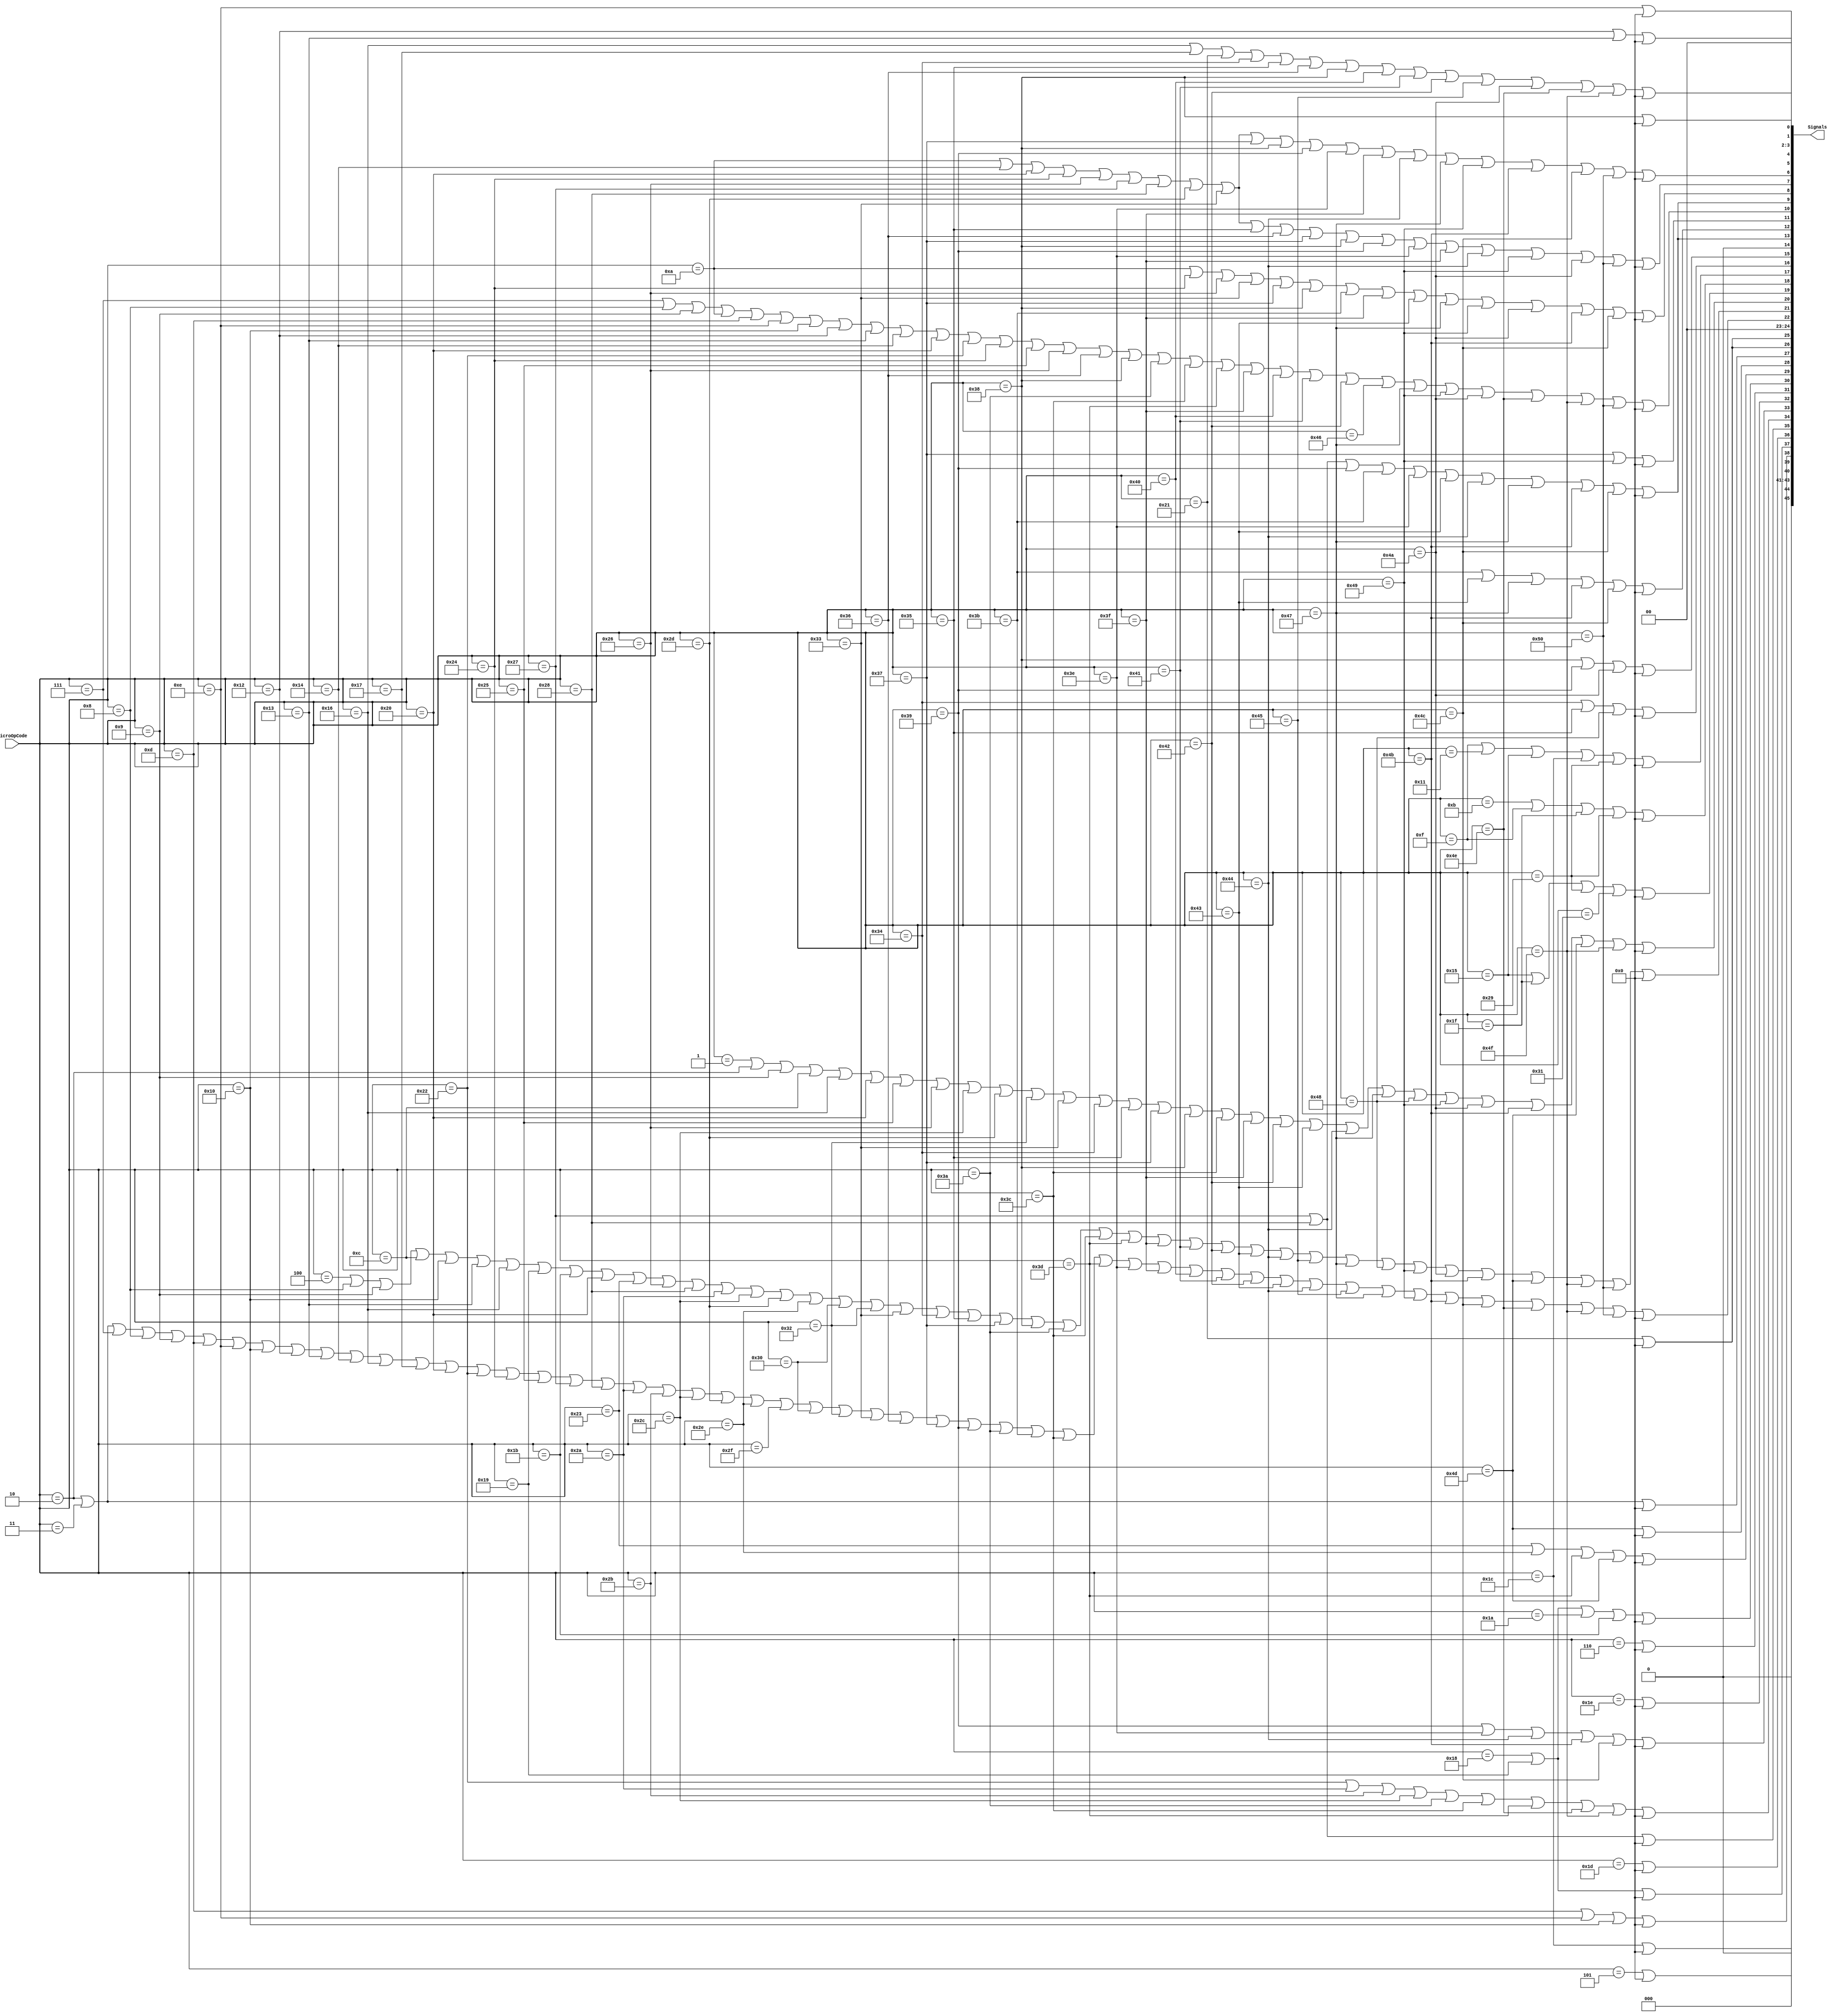
// This program was cloned from: https://github.com/lnis-uofu/OpenFPGA
// License: MIT License

`timescale 1ns / 10ps
// algorithm file = 'ulpsh_s2_main_JB4_BMI160_AK09911_PD.alg'
// UlpshType = S2_1KDM

module decodeMicroOpCode (MicroOpCode, Signals);

	input	[8:0]	MicroOpCode;
	output	[45:0]	Signals;
	wire	[45:0]	Signals;

	assign Signals[0] = (MicroOpCode == 9'h00e) || 0;
	assign Signals[1] = (MicroOpCode == 9'h012) || (MicroOpCode == 9'h013) || 0;
	assign Signals[2] = 0;
	assign Signals[3] = 0;
	assign Signals[4] = (MicroOpCode == 9'h038) || 0;
	assign Signals[5] = (MicroOpCode == 9'h016) || (MicroOpCode == 9'h017) || (MicroOpCode == 9'h021) || (MicroOpCode == 9'h034) || (MicroOpCode == 9'h035) || (MicroOpCode == 9'h036) || (MicroOpCode == 9'h038) || (MicroOpCode == 9'h040) || (MicroOpCode == 9'h041) || (MicroOpCode == 9'h042) || (MicroOpCode == 9'h045) || (MicroOpCode == 9'h04a) || (MicroOpCode == 9'h04e) || (MicroOpCode == 9'h04f) || 0;
	assign Signals[6] = (MicroOpCode == 9'h00a) || (MicroOpCode == 9'h014) || (MicroOpCode == 9'h020) || (MicroOpCode == 9'h024) || (MicroOpCode == 9'h026) || (MicroOpCode == 9'h027) || (MicroOpCode == 9'h028) || (MicroOpCode == 9'h02d) || (MicroOpCode == 9'h033) || (MicroOpCode == 9'h037) || (MicroOpCode == 9'h038) || (MicroOpCode == 9'h039) || (MicroOpCode == 9'h03e) || (MicroOpCode == 9'h03f) || (MicroOpCode == 9'h044) || (MicroOpCode == 9'h047) || (MicroOpCode == 9'h049) || (MicroOpCode == 9'h04b) || (MicroOpCode == 9'h04c) || (MicroOpCode == 9'h050) || 0;
	assign Signals[7] = (MicroOpCode == 9'h00a) || (MicroOpCode == 9'h014) || (MicroOpCode == 9'h020) || (MicroOpCode == 9'h024) || (MicroOpCode == 9'h026) || (MicroOpCode == 9'h027) || (MicroOpCode == 9'h028) || (MicroOpCode == 9'h02d) || (MicroOpCode == 9'h033) || (MicroOpCode == 9'h035) || (MicroOpCode == 9'h036) || (MicroOpCode == 9'h037) || (MicroOpCode == 9'h038) || (MicroOpCode == 9'h039) || (MicroOpCode == 9'h03e) || (MicroOpCode == 9'h03f) || (MicroOpCode == 9'h044) || (MicroOpCode == 9'h049) || (MicroOpCode == 9'h04a) || (MicroOpCode == 9'h050) || 0;
	assign Signals[8] = (MicroOpCode == 9'h00a) || (MicroOpCode == 9'h024) || (MicroOpCode == 9'h026) || (MicroOpCode == 9'h033) || (MicroOpCode == 9'h037) || (MicroOpCode == 9'h038) || (MicroOpCode == 9'h03b) || (MicroOpCode == 9'h03f) || (MicroOpCode == 9'h043) || (MicroOpCode == 9'h047) || (MicroOpCode == 9'h049) || (MicroOpCode == 9'h04a) || (MicroOpCode == 9'h04b) || (MicroOpCode == 9'h04c) || 0;
	assign Signals[9] = (MicroOpCode == 9'h027) || (MicroOpCode == 9'h028) || (MicroOpCode == 9'h039) || (MicroOpCode == 9'h03b) || (MicroOpCode == 9'h03e) || (MicroOpCode == 9'h043) || (MicroOpCode == 9'h044) || (MicroOpCode == 9'h047) || (MicroOpCode == 9'h04b) || (MicroOpCode == 9'h04c) || 0;
	assign Signals[10] = (MicroOpCode == 9'h007) || (MicroOpCode == 9'h008) || (MicroOpCode == 9'h009) || (MicroOpCode == 9'h00a) || (MicroOpCode == 9'h00d) || (MicroOpCode == 9'h00e) || (MicroOpCode == 9'h010) || (MicroOpCode == 9'h012) || (MicroOpCode == 9'h013) || (MicroOpCode == 9'h014) || (MicroOpCode == 9'h020) || (MicroOpCode == 9'h022) || (MicroOpCode == 9'h024) || (MicroOpCode == 9'h025) || (MicroOpCode == 9'h026) || (MicroOpCode == 9'h036) || (MicroOpCode == 9'h038) || (MicroOpCode == 9'h03a) || (MicroOpCode == 9'h03c) || (MicroOpCode == 9'h03d) || (MicroOpCode == 9'h03f) || (MicroOpCode == 9'h040) || (MicroOpCode == 9'h041) || (MicroOpCode == 9'h042) || (MicroOpCode == 9'h046) || (MicroOpCode == 9'h047) || (MicroOpCode == 9'h049) || (MicroOpCode == 9'h04a) || (MicroOpCode == 9'h04e) || (MicroOpCode == 9'h04f) || (MicroOpCode == 9'h050) || 0;
	assign Signals[11] = (MicroOpCode == 9'h037) || (MicroOpCode == 9'h049) || 0;
	assign Signals[12] = (MicroOpCode == 9'h03b) || (MicroOpCode == 9'h043) || (MicroOpCode == 9'h047) || (MicroOpCode == 9'h04b) || (MicroOpCode == 9'h04c) || 0;
	assign Signals[13] = (MicroOpCode == 9'h027) || (MicroOpCode == 9'h028) || (MicroOpCode == 9'h039) || (MicroOpCode == 9'h03b) || (MicroOpCode == 9'h03e) || (MicroOpCode == 9'h043) || (MicroOpCode == 9'h044) || (MicroOpCode == 9'h047) || (MicroOpCode == 9'h04b) || (MicroOpCode == 9'h04c) || 0;
	assign Signals[14] = 0;
	assign Signals[15] = (MicroOpCode == 9'h038) || (MicroOpCode == 9'h039) || (MicroOpCode == 9'h04a) || 0;
	assign Signals[16] = (MicroOpCode == 9'h034) || (MicroOpCode == 9'h035) || (MicroOpCode == 9'h048) || 0;
	assign Signals[17] = (MicroOpCode == 9'h00f) || (MicroOpCode == 9'h011) || (MicroOpCode == 9'h015) || (MicroOpCode == 9'h01c) || (MicroOpCode == 9'h029) || 0;
	assign Signals[18] = (MicroOpCode == 9'h00b) || (MicroOpCode == 9'h00f) || (MicroOpCode == 9'h01f) || (MicroOpCode == 9'h029) || 0;
	assign Signals[19] = (MicroOpCode == 9'h015) || (MicroOpCode == 9'h01f) || (MicroOpCode == 9'h029) || (MicroOpCode == 9'h031) || 0;
	assign Signals[20] = (MicroOpCode == 9'h001) || (MicroOpCode == 9'h002) || (MicroOpCode == 9'h009) || (MicroOpCode == 9'h00c) || (MicroOpCode == 9'h016) || (MicroOpCode == 9'h020) || (MicroOpCode == 9'h025) || (MicroOpCode == 9'h026) || (MicroOpCode == 9'h02c) || (MicroOpCode == 9'h02d) || (MicroOpCode == 9'h032) || (MicroOpCode == 9'h033) || (MicroOpCode == 9'h034) || (MicroOpCode == 9'h035) || (MicroOpCode == 9'h037) || (MicroOpCode == 9'h038) || (MicroOpCode == 9'h03c) || (MicroOpCode == 9'h03f) || (MicroOpCode == 9'h042) || (MicroOpCode == 9'h043) || (MicroOpCode == 9'h044) || (MicroOpCode == 9'h047) || (MicroOpCode == 9'h048) || (MicroOpCode == 9'h049) || (MicroOpCode == 9'h04a) || (MicroOpCode == 9'h04b) || (MicroOpCode == 9'h04d) || (MicroOpCode == 9'h04f) || 0;
	assign Signals[21] = (MicroOpCode == 9'h004) || (MicroOpCode == 9'h008) || (MicroOpCode == 9'h009) || (MicroOpCode == 9'h00c) || (MicroOpCode == 9'h010) || (MicroOpCode == 9'h013) || (MicroOpCode == 9'h016) || (MicroOpCode == 9'h019) || (MicroOpCode == 9'h01b) || (MicroOpCode == 9'h020) || (MicroOpCode == 9'h023) || (MicroOpCode == 9'h026) || (MicroOpCode == 9'h028) || (MicroOpCode == 9'h02a) || (MicroOpCode == 9'h02c) || (MicroOpCode == 9'h02d) || (MicroOpCode == 9'h02e) || (MicroOpCode == 9'h030) || (MicroOpCode == 9'h032) || (MicroOpCode == 9'h033) || (MicroOpCode == 9'h034) || (MicroOpCode == 9'h035) || (MicroOpCode == 9'h037) || (MicroOpCode == 9'h038) || (MicroOpCode == 9'h03a) || (MicroOpCode == 9'h03c) || (MicroOpCode == 9'h03d) || (MicroOpCode == 9'h03f) || (MicroOpCode == 9'h041) || (MicroOpCode == 9'h042) || (MicroOpCode == 9'h043) || (MicroOpCode == 9'h044) || (MicroOpCode == 9'h045) || (MicroOpCode == 9'h047) || (MicroOpCode == 9'h048) || (MicroOpCode == 9'h049) || (MicroOpCode == 9'h04a) || (MicroOpCode == 9'h04b) || (MicroOpCode == 9'h04d) || (MicroOpCode == 9'h04f) || (MicroOpCode == 9'h050) || 0;
	assign Signals[22] = (MicroOpCode == 9'h002) || (MicroOpCode == 9'h003) || (MicroOpCode == 9'h007) || (MicroOpCode == 9'h008) || (MicroOpCode == 9'h009) || (MicroOpCode == 9'h00d) || (MicroOpCode == 9'h00e) || (MicroOpCode == 9'h010) || (MicroOpCode == 9'h012) || (MicroOpCode == 9'h013) || (MicroOpCode == 9'h014) || (MicroOpCode == 9'h016) || (MicroOpCode == 9'h017) || (MicroOpCode == 9'h020) || (MicroOpCode == 9'h022) || (MicroOpCode == 9'h024) || (MicroOpCode == 9'h025) || (MicroOpCode == 9'h027) || (MicroOpCode == 9'h028) || (MicroOpCode == 9'h02a) || (MicroOpCode == 9'h02b) || (MicroOpCode == 9'h02c) || (MicroOpCode == 9'h02d) || (MicroOpCode == 9'h02e) || (MicroOpCode == 9'h02f) || (MicroOpCode == 9'h030) || (MicroOpCode == 9'h032) || (MicroOpCode == 9'h033) || (MicroOpCode == 9'h036) || (MicroOpCode == 9'h037) || (MicroOpCode == 9'h039) || (MicroOpCode == 9'h03a) || (MicroOpCode == 9'h03b) || (MicroOpCode == 9'h03c) || (MicroOpCode == 9'h03d) || (MicroOpCode == 9'h03e) || (MicroOpCode == 9'h03f) || (MicroOpCode == 9'h040) || (MicroOpCode == 9'h041) || (MicroOpCode == 9'h042) || (MicroOpCode == 9'h043) || (MicroOpCode == 9'h044) || (MicroOpCode == 9'h045) || (MicroOpCode == 9'h047) || (MicroOpCode == 9'h049) || (MicroOpCode == 9'h04b) || (MicroOpCode == 9'h04c) || (MicroOpCode == 9'h04e) || (MicroOpCode == 9'h04f) || (MicroOpCode == 9'h050) || 0;
	assign Signals[23] = 0;
	assign Signals[24] = 0;
	assign Signals[25] = (MicroOpCode == 9'h021) || 0;
	assign Signals[26] = (MicroOpCode == 9'h021) || 0;
	assign Signals[27] = (MicroOpCode == 9'h002) || (MicroOpCode == 9'h003) || 0;
	assign Signals[28] = (MicroOpCode == 9'h04d) || 0;
	assign Signals[29] = (MicroOpCode == 9'h023) || (MicroOpCode == 9'h02e) || (MicroOpCode == 9'h03d) || (MicroOpCode == 9'h04d) || 0;
	assign Signals[30] = (MicroOpCode == 9'h018) || (MicroOpCode == 9'h019) || (MicroOpCode == 9'h01a) || (MicroOpCode == 9'h01b) || 0;
	assign Signals[31] = (MicroOpCode == 9'h006) || 0;
	assign Signals[32] = (MicroOpCode == 9'h01e) || 0;
	assign Signals[33] = (MicroOpCode == 9'h039) || (MicroOpCode == 9'h03e) || (MicroOpCode == 9'h044) || (MicroOpCode == 9'h04b) || (MicroOpCode == 9'h04c) || 0;
	assign Signals[34] = (MicroOpCode == 9'h022) || (MicroOpCode == 9'h02a) || (MicroOpCode == 9'h02b) || (MicroOpCode == 9'h02c) || (MicroOpCode == 9'h03a) || (MicroOpCode == 9'h03c) || (MicroOpCode == 9'h03d) || (MicroOpCode == 9'h04e) || (MicroOpCode == 9'h04f) || 0;
	assign Signals[35] = (MicroOpCode == 9'h027) || (MicroOpCode == 9'h028) || 0;
	assign Signals[36] = (MicroOpCode == 9'h01d) || 0;
	assign Signals[37] = (MicroOpCode == 9'h018) || (MicroOpCode == 9'h019) || 0;
	assign Signals[38] = (MicroOpCode == 9'h00d) || (MicroOpCode == 9'h00e) || (MicroOpCode == 9'h010) || 0;
	assign Signals[39] = 0;
	assign Signals[40] = (MicroOpCode == 9'h005) || 0;
	assign Signals[41] = 0;
	assign Signals[42] = 0;
	assign Signals[43] = 0;
	assign Signals[44] = (MicroOpCode == 9'h01c) || 0;
	assign Signals[45] = 0;

endmodule